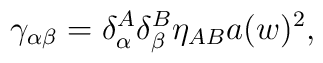
\gamma_{\alpha\beta} = \delta^{A}_{\alpha} \delta^{B}_{\beta} \eta_{A B} a(w)^2,